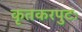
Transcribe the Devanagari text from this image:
कृतकरपुटः